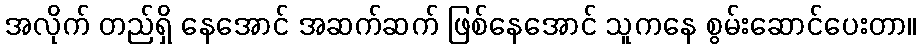
အလိုက် တည်ရှိ နေအောင် အဆက်ဆက် ဖြစ်နေအောင် သူကနေ စွမ်းဆောင်ပေးတာ။